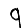
Digit: 9